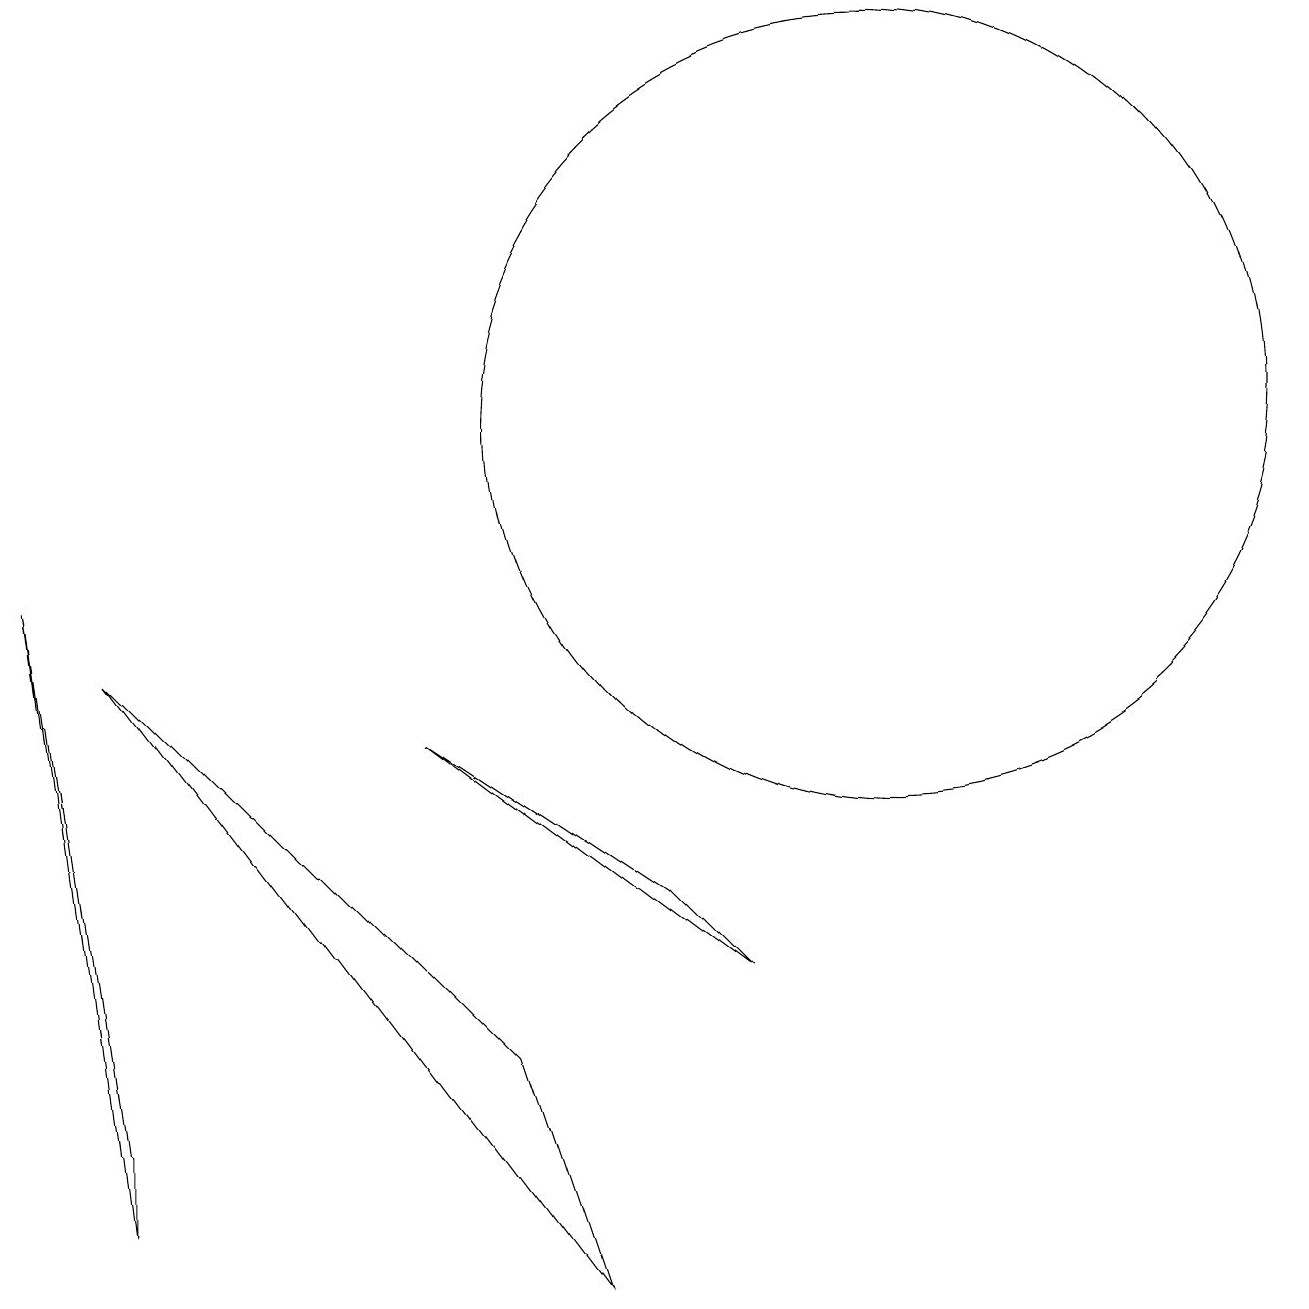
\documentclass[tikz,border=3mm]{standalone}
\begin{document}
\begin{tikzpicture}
\draw (6,3) -- (7,0) -- (1,8) -- cycle;
\draw (9,4) -- (8,5) -- (5,7) -- cycle;
\draw (0,9) -- (1,2) -- (1,1) -- cycle;
\draw (11,11) circle (5);
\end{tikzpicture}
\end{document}